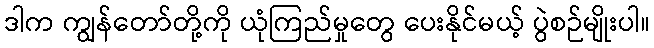
ဒါက ကျွန်တော်တို့ကို ယုံကြည်မှုတွေ ပေးနိုင်မယ့် ပွဲစဉ်မျိုးပါ။